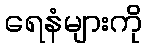
ရေနံများကို